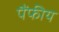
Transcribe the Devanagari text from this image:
पैंफीय